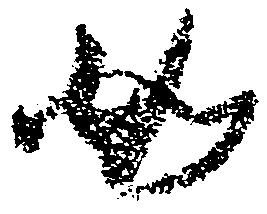
如